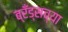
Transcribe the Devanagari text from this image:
ब्रँड्सच्या